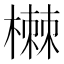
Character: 𰘥